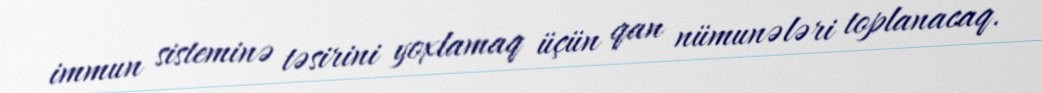
immun sisteminə təsirini yoxlamaq üçün qan nümunələri toplanacaq.